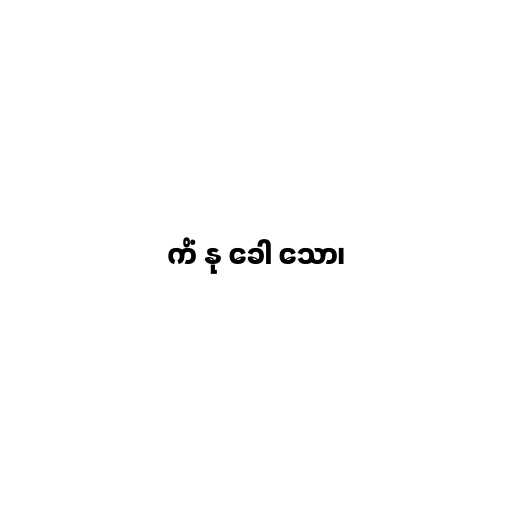
ကိံ နု ခေါ သော၊